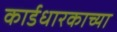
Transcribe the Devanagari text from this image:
कार्डधारकाच्या